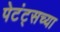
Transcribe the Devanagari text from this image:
पेटंट्सच्या